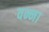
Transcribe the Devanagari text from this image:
वन्ना